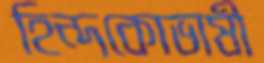
হিন্দকোভাষী